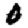
Digit: 0